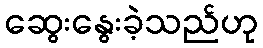
ဆွေးနွေးခဲ့သည်ဟု